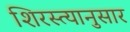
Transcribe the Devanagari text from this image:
शिरस्त्यानुसार